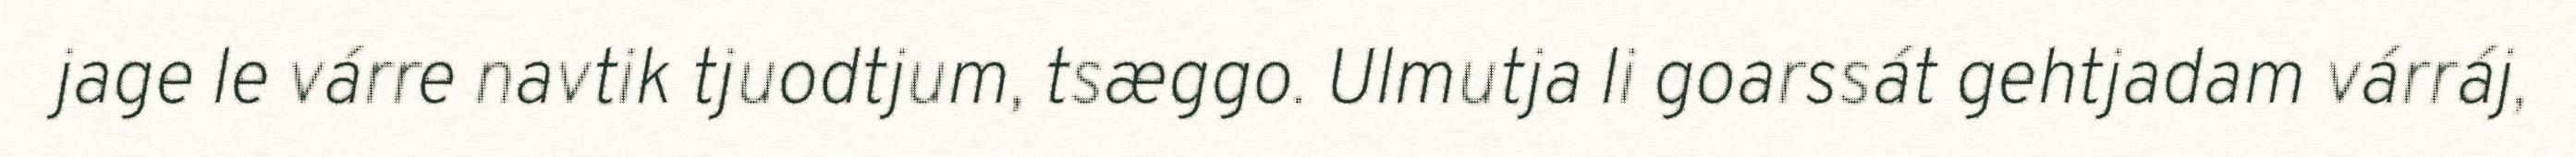
jage le várre navtik tjuodtjum, tsæggo. Ulmutja li goarssát gehtjadam várráj,